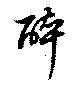
酔